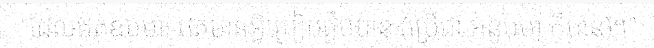
"ដែលឥតឧបមា, ឥតមានអ្វីប្រៀបផ្ទឹមបាន (ប្រើជា អនូបមា ក៏បាន)។"